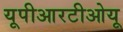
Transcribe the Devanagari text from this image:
यूपीआरटीओयू